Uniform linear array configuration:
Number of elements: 64
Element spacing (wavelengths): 0.25
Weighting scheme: hann
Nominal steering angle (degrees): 30
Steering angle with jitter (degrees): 29.68
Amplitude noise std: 0.05
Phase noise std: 0.05

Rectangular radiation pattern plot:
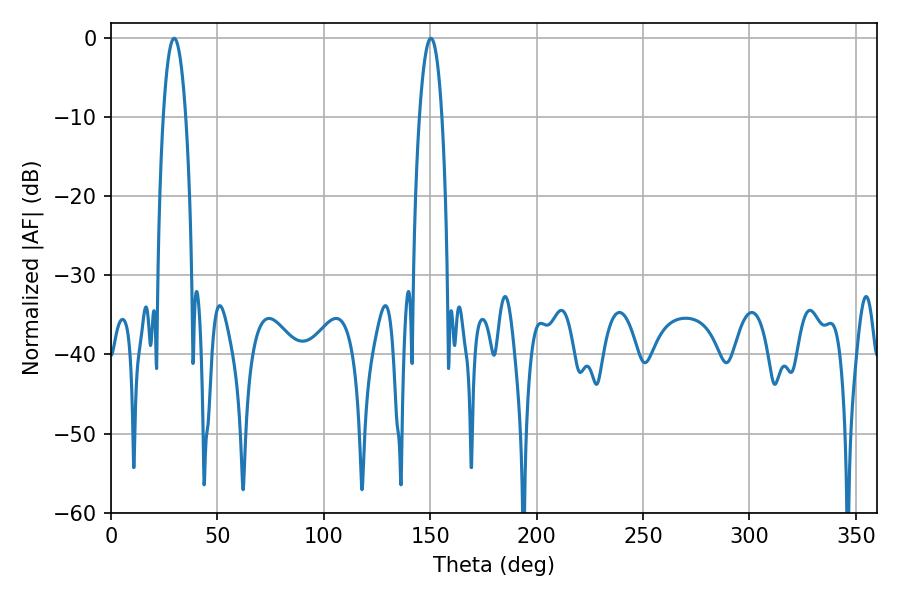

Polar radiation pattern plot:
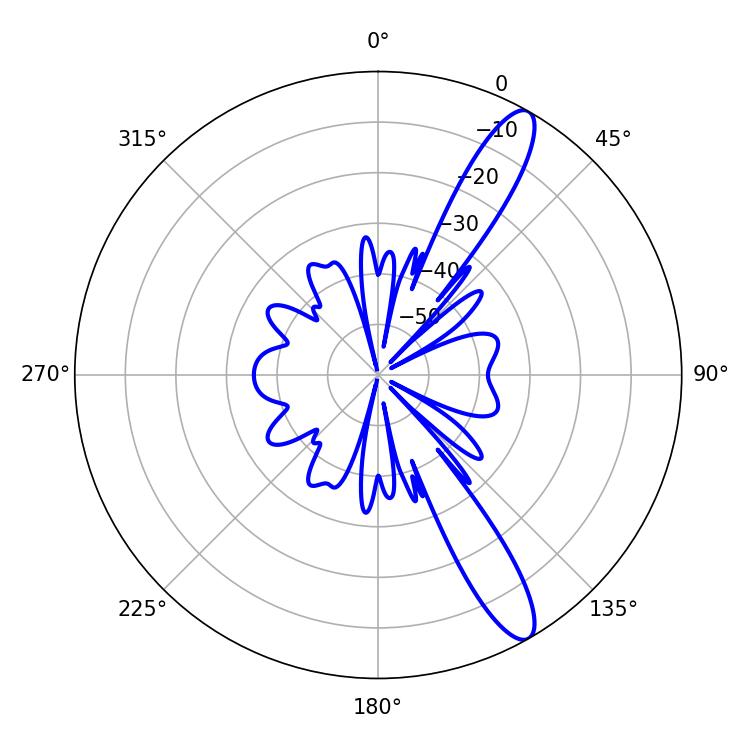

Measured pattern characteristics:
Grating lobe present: FALSE
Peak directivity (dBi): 12.631
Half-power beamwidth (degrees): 5.76
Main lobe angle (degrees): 29.7